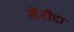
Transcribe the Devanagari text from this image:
मैरीदा